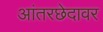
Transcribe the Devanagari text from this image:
आंतरछेदावर